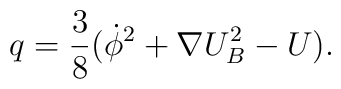
q=  \frac{3}{8}(\dot\phi^2+\nabla U_B^2 - U).